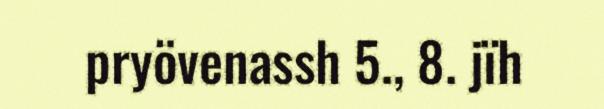
pryövenassh 5., 8. jïh